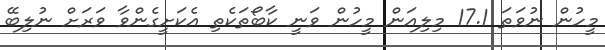
މީހުން ނުވަތަ 17.1 މިލިއަން މީހުން ވަނީ ކާބޯތަކެތި އެކަށީގެންވާ ވަރަށް ނުލިބޭ